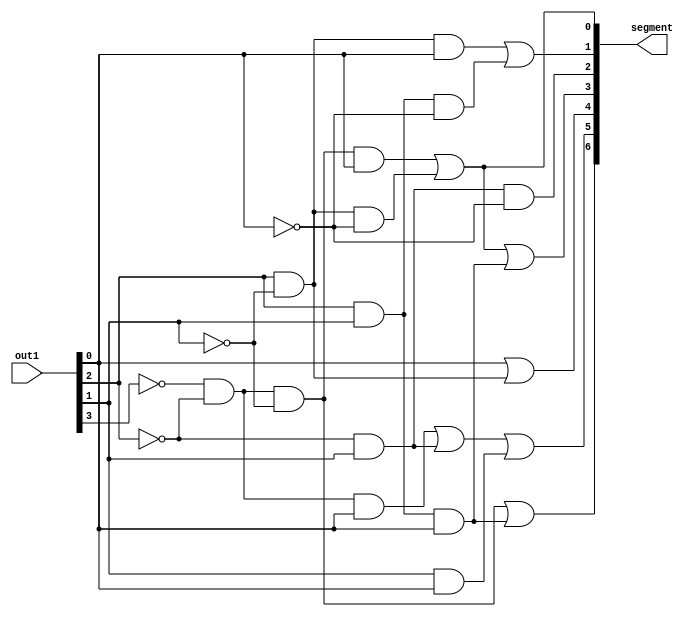
	
	
/*
 * 
 * ---------------------
 
 *
 * Seven Segment written code. 
 * It designed with logical gates. 
 * Firstly Mantisa detected for decided the logical gates.
 * ------------
 
 *
 */
	
	module SevenSeg( 
	
	////pull-down light the sevenseg.
	
	 input [4:0] out1,
	 output [6:0] segment );

assign segment[0]=(~out1[3]&~out1[2]&~out1[1]&out1[0])|| (out1[2]&~out1[1]&~out1[0]);
assign segment[1]=(out1[2]&~out1[1]&out1[0])||(out1[2]&out1[1]&~out1[0]);
assign segment[2]=(~out1[2]&out1[1]&~out1[0]);
assign segment[3]=(~out1[3]&~out1[2]&~out1[1]&out1[0])|| (out1[2]&~out1[1]&~out1[0])||(out1[2]&out1[1]&out1[0]);
assign segment[4]=(out1[0])||(out1[2]&~out1[1]);
assign segment[5]=(~out1[3]&~out1[2]&out1[0])||(~out1[2]&out1[1])||(out1[1]&out1[0]);
assign segment[6]=(~out1[3]&~out1[2]&~out1[1])||(out1[2]&out1[1]&out1[0]);

	endmodule